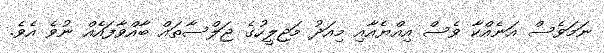
ނަމަވެސް އަނެއްކާ ވެސް އިއްޔެއާއި މިއަދު މަޖިލީހުގެ ޖަލްސާތައް ބާއްވާފައެއް ނުވެ އެވެ.